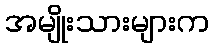
အမျိုးသားများက